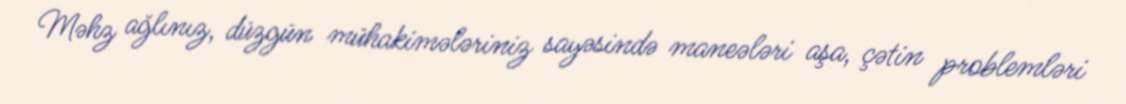
Məhz ağlınız, düzgün mühakimələriniz sayəsində maneələri aşa, çətin problemləri